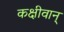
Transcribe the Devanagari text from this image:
कक्षीवान्‌